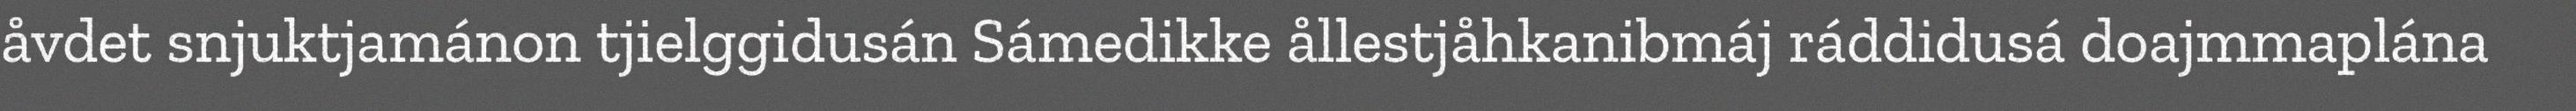
åvdet snjuktjamánon tjielggidusán Sámedikke ållestjåhkanibmáj ráddidusá doajmmaplána